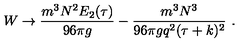
W \to { \frac { m ^ { 3 } N ^ { 2 } E _ { 2 } ( \tau ) } { 9 6 \pi g } } - { \frac { m ^ { 3 } N ^ { 3 } } { 9 6 \pi g q ^ { 2 } ( \tau + k ) ^ { 2 } } } \ .